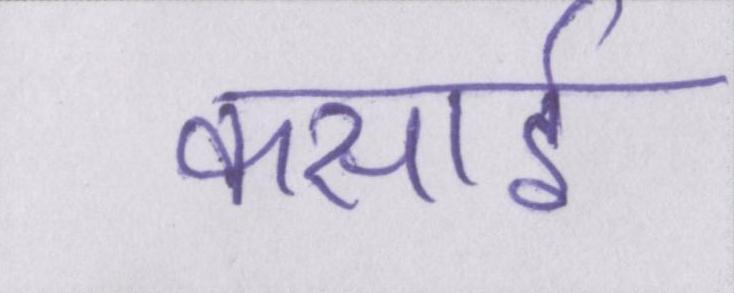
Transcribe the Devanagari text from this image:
कसाई